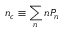
n _ { c } \equiv \sum _ { n } n P _ { n }